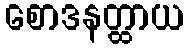
စောဒနတ္ထာယ